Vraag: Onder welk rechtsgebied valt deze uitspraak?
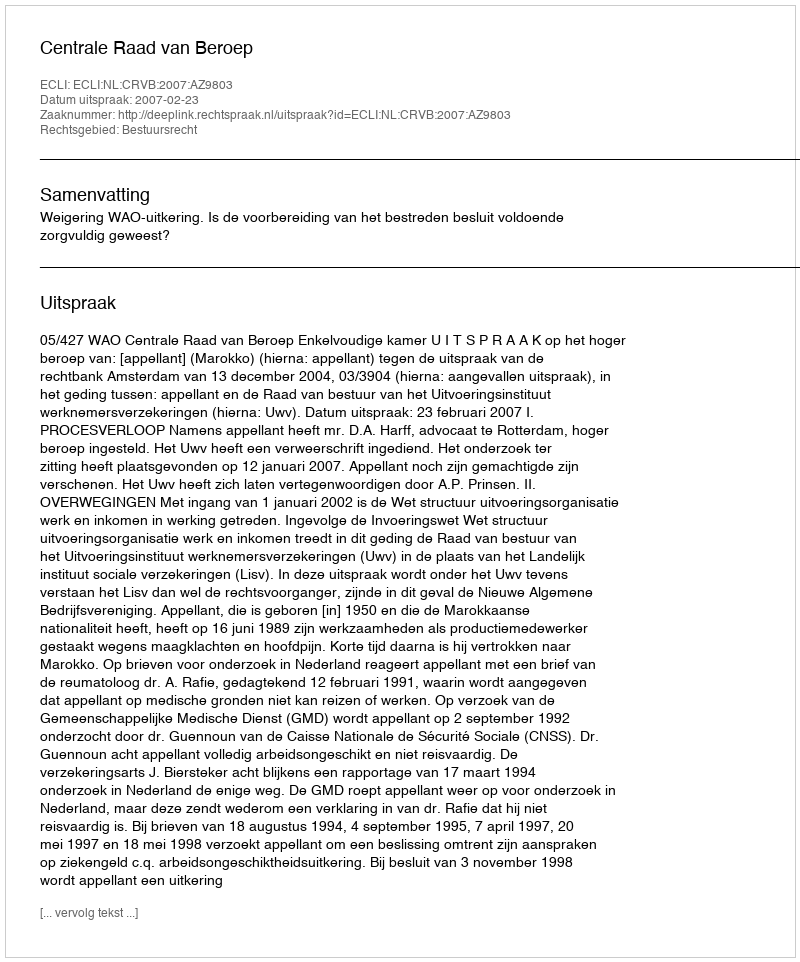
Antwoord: Bestuursrecht